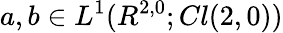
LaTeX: a,b\in L^{1}(R^{2,0};Cl(2,0))